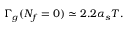
\Gamma _ { g } ( N _ { f } = 0 ) \simeq 2 . 2 \alpha _ { s } T .